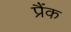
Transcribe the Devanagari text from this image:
प्रैंक